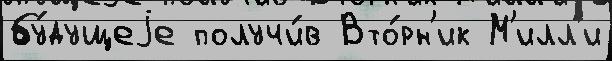
бу́дущеjе получи́в Вто́рн'ик М'илл'и